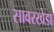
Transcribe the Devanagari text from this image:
सावरखेडा